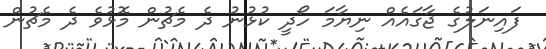
ފައިނަލުގެ ޖާގައެއް ނިޔާމަ ހޯދީ ކުޅުނު ދެ މެޗުން މޮޅުވެ ދެ މެޗުން